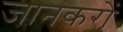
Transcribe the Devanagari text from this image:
जानकरों